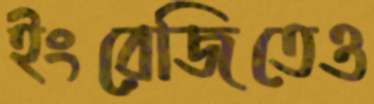
ইংরেজিতেও